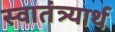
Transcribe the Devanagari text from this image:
स्वातंत्र्यार्थ